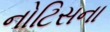
નોટિસના